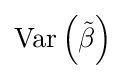
\operatorname {Var} \left({\tilde {\beta }}\right)